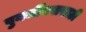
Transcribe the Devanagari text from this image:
पुनर्जीवनासाठी